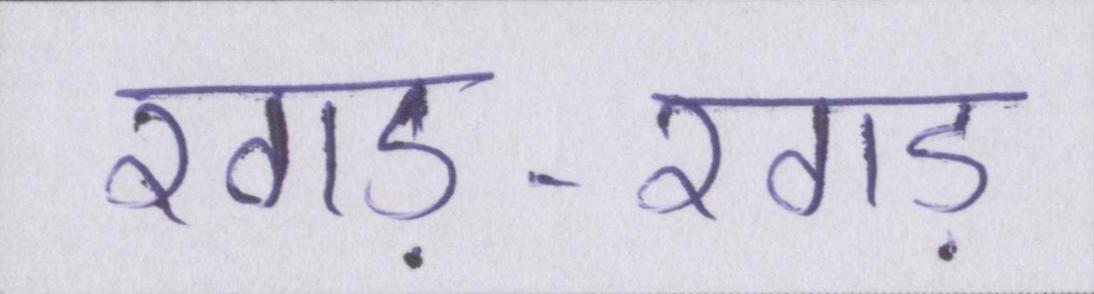
रगड़-रगड़